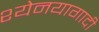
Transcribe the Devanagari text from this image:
श्येनयागादी